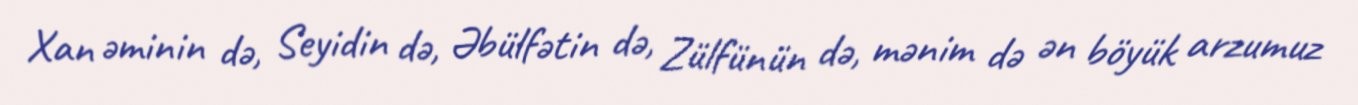
Xan əminin də, Seyidin də, Əbülfətin də, Zülfünün də, mənim də ən böyük arzumuz